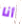
أنا